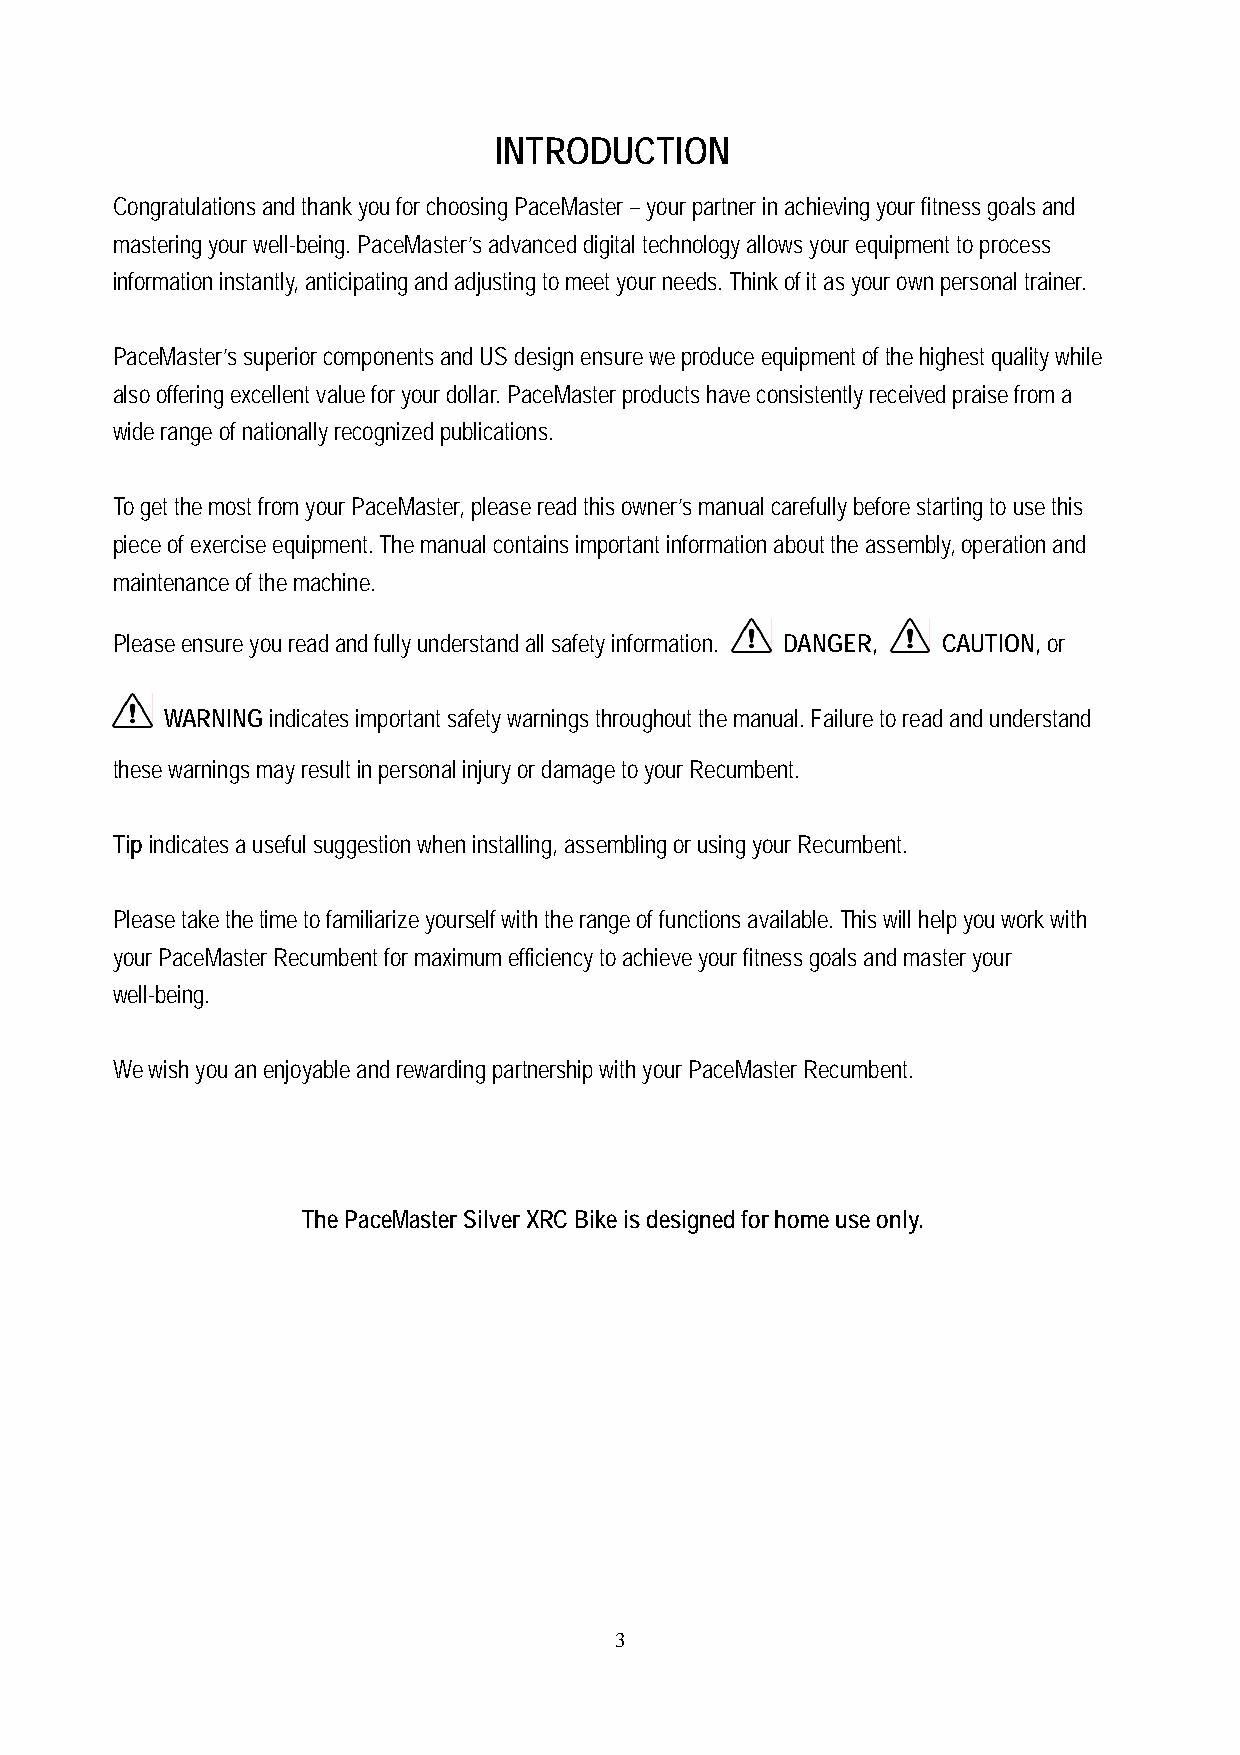
INTRODUCTION
 Congratulations and thank you for choosing PaceMaster – your partner in achieving your fitness goals and
 mastering your well-being. PaceMaster’s advanced digital technology allows your equipment to process
 information instantly, anticipating and adjusting to meet your needs. Think of it as your own personal trainer.
 PaceMaster’s superior components and US design ensure we produce equipment of the highest quality while
 also offering excellent value for your dollar. PaceMaster products have consistently received praise from a
 wide range of nationally recognized publications.
 To get the most from your PaceMaster, please read this owner’s manual carefully before starting to use this
 piece of exercise equipment. The manual contains important information about the assembly, operation and
 maintenance of the machine.
 Please ensure you read and fully understand all safety information. DANGER, CAUTION, or
 WARNING indicates important safety warnings throughout the manual. Failure to read and understand
 these warnings may result in personal injury or damage to your Recumbent.
 Tip indicates a useful suggestion when installing, assembling or using your Recumbent.
 Please take the time to familiarize yourself with the range of functions available. This will help you work with
 your PaceMaster Recumbent for maximum efficiency to achieve your fitness goals and master your
 well-being.
 We wish you an enjoyable and rewarding partnership with your PaceMaster Recumbent.
 The PaceMaster Silver XRC Bike is designed for home use only.
 3